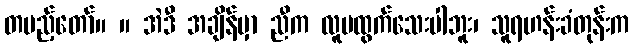
တပည့်တော်။ ။ အဲဒီ အချိန်မှာ ညီက လူမထွက်သေးပါဘူး၊ သူရဟန်းခံတုန်းက